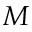
M